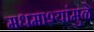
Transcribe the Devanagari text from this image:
मधमाश्यांमुळे